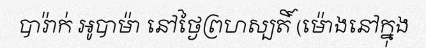
បារ៉ាក់ អូបាម៉ា នៅថ្ងៃព្រហស្បតិ៍ (ម៉ោងនៅក្នុង